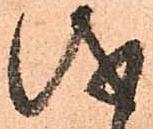
儀